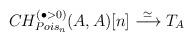
LaTeX: \begin{align*}CH_{Pois_n}^{(\bullet > 0)}(A,A)[n] \stackrel{\simeq}\longrightarrow T_A \end{align*}